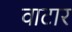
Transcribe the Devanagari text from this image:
वाटार